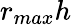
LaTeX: r_{max}h